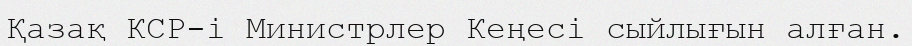
Қазақ КСР-і Министрлер Кеңесі сыйлығын алған.